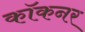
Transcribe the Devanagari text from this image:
कॉकनर